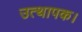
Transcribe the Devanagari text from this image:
उत्थापक।